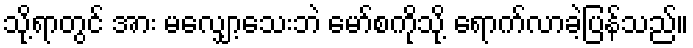
သို့ရာတွင် အား မလျှော့သေးဘဲ မော်စကိုသို့ ရောက်လာခဲ့ပြန်သည်။